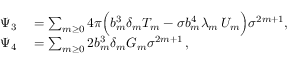
\begin{array} { r l } { \Psi _ { 3 } } & { { } = \sum _ { m \ge 0 } 4 \pi \Big ( b _ { m } ^ { 3 } \delta _ { m } T _ { m } - \sigma b _ { m } ^ { 4 } \lambda _ { m } \, U _ { m } \Big ) \sigma ^ { 2 m + 1 } , } \\ { \Psi _ { 4 } } & { { } = \sum _ { m \ge 0 } 2 b _ { m } ^ { 3 } \delta _ { m } G _ { m } \sigma ^ { 2 m + 1 } \, , } \end{array}